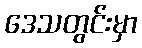
ဒေသတွင်းမှာ